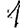
Digit: 1